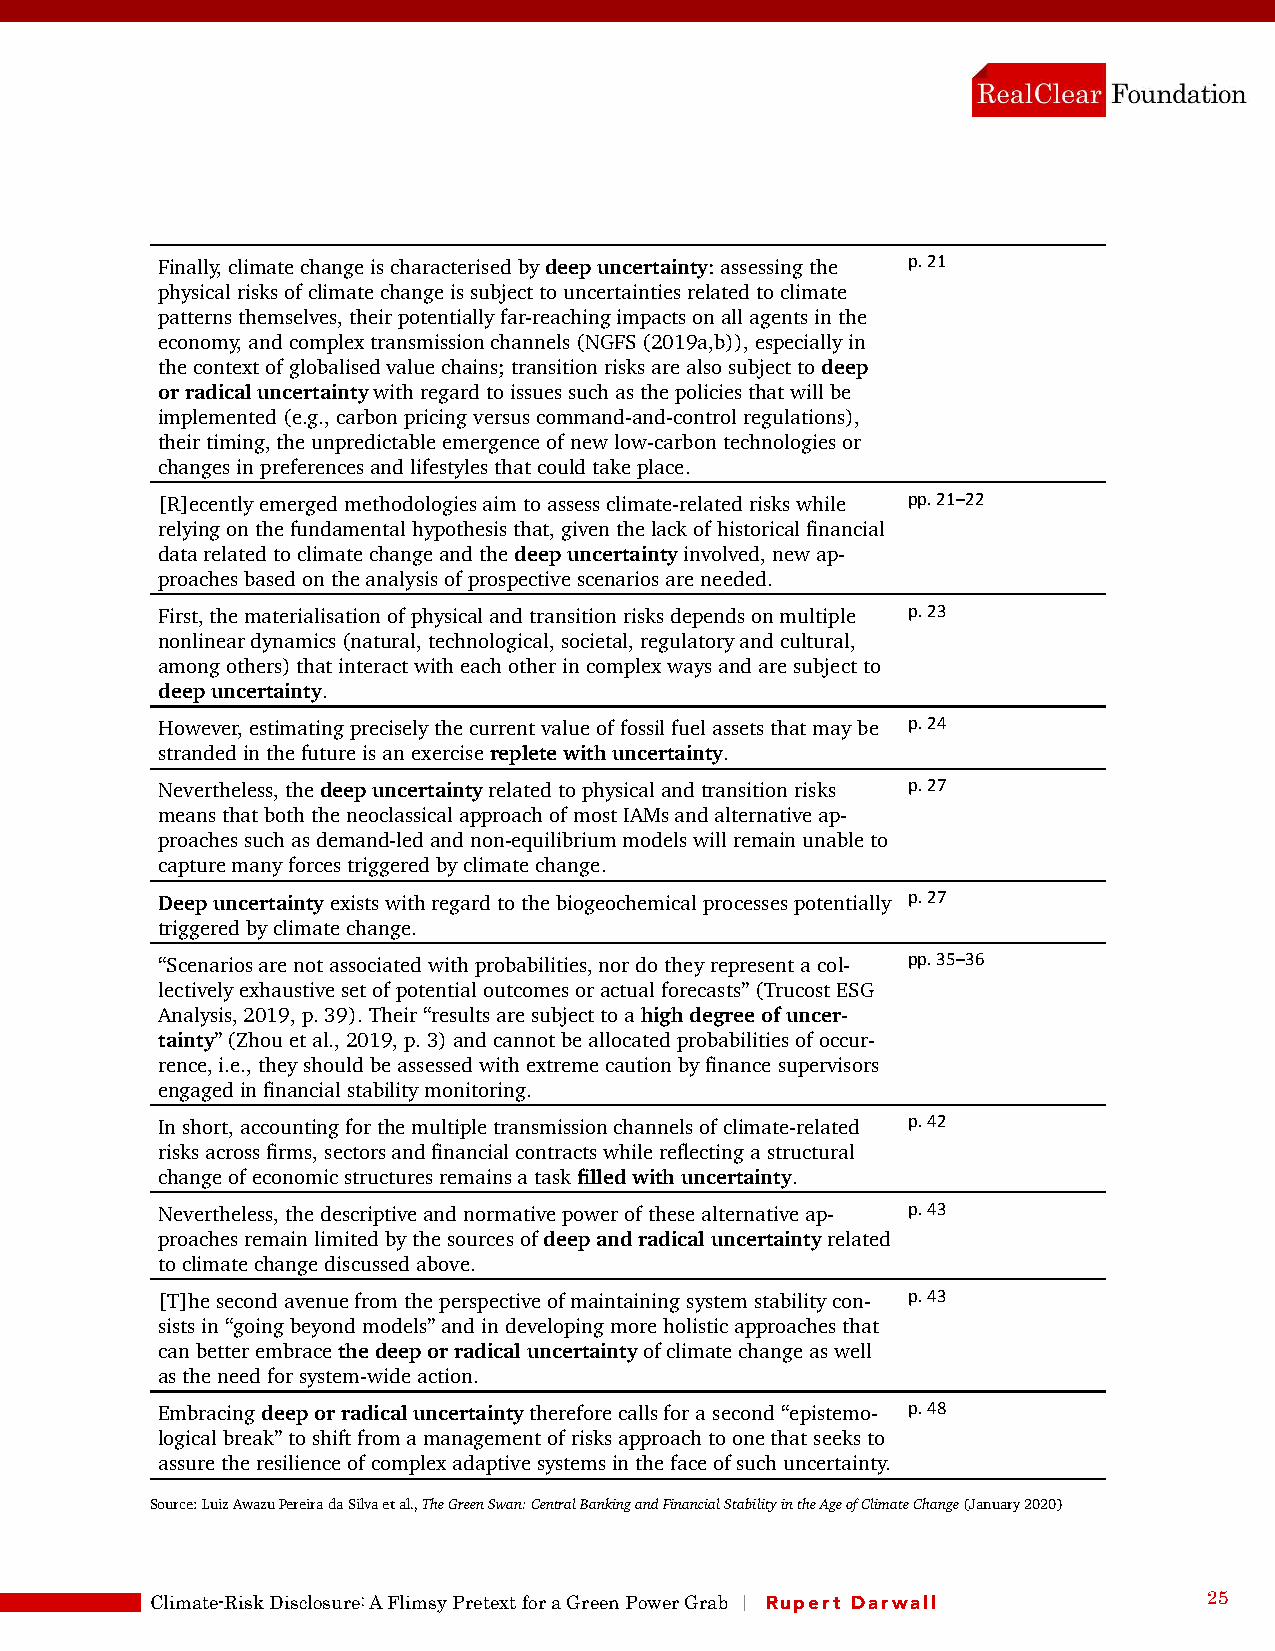
p. 21
 Finally, climate change is characterised by deep uncertainty: assessing the
 physical risks of climate change is subject to uncertainties related to climate
 patterns themselves, their potentially far-reaching impacts on all agents in the
 economy, and complex transmission channels (NGFS (2019a,b)), especially in
 the context of globalised value chains; transition risks are also subject to deep
 or radical uncertainty with regard to issues such as the policies that will be
 implemented (e.g., carbon pricing versus command-and-control regulations),
 their timing, the unpredictable emergence of new low-carbon technologies or
 changes in preferences and lifestyles that could take place.
 pp. 21–22
 [R]ecently emerged methodologies aim to assess climate-related risks while
 relying on the fundamental hypothesis that, given the lack of historical financial
 data related to climate change and the deep uncertainty involved, new ap-
 proaches based on the analysis of prospective scenarios are needed.
 p. 23
 First, the materialisation of physical and transition risks depends on multiple
 nonlinear dynamics (natural, technological, societal, regulatory and cultural,
 among others) that interact with each other in complex ways and are subject to
 deep uncertainty.
 p. 24
 However, estimating precisely the current value of fossil fuel assets that may be
 stranded in the future is an exercise replete with uncertainty.
 p. 27
 Nevertheless, the deep uncertainty related to physical and transition risks
 means that both the neoclassical approach of most IAMs and alternative ap-
 proaches such as demand-led and non-equilibrium models will remain unable to
 capture many forces triggered by climate change.
 p. 27
 Deep uncertainty exists with regard to the biogeochemical processes potentially
 triggered by climate change.
 pp. 35–36
 “Scenarios are not associated with probabilities, nor do they represent a col-
 lectively exhaustive set of potential outcomes or actual forecasts” (Trucost ESG
 Analysis, 2019, p. 39). Their “results are subject to a high degree of uncer-
 tainty” (Zhou et al., 2019, p. 3) and cannot be allocated probabilities of occur-
 rence, i.e., they should be assessed with extreme caution by finance supervisors
 engaged in financial stability monitoring.
 p. 42
 In short, accounting for the multiple transmission channels of climate-related
 risks across firms, sectors and financial contracts while reflecting a structural
 change of economic structures remains a task filled with uncertainty.
 p. 43
 Nevertheless, the descriptive and normative power of these alternative ap-
 proaches remain limited by the sources of deep and radical uncertainty related
 to climate change discussed above.
 p. 43
 [T]he second avenue from the perspective of maintaining system stability con-
 sists in “going beyond models” and in developing more holistic approaches that
 can better embrace the deep or radical uncertainty of climate change as well
 as the need for system-wide action.
 p. 48
 Embracing deep or radical uncertainty therefore calls for a second “epistemo-
 logical break” to shift from a management of risks approach to one that seeks to
 assure the resilience of complex adaptive systems in the face of such uncertainty.
 Source: Luiz Awazu Pereira da Silva et al., The Green Swan: Central Banking and Financial Stability in the Age of Climate Change (January 2020)
 Climate-Risk Disclosure: A Flimsy Pretext for a Green Power Grab | Rupert Darwall 25